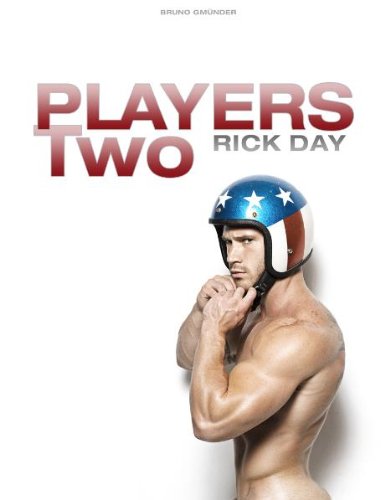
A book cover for Players Two; Arts & Photography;